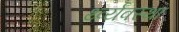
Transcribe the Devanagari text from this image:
र्थ्व्यवस्था